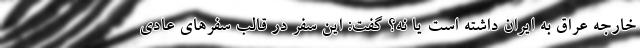
خارجه عراق به ایران داشته است یا نه؟ گفت: این سفر در قالب سفرهای عادی